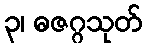
၃၊ ဓဇဂ္ဂသုတ်